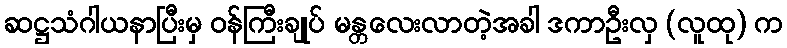
ဆဋ္ဌသံဂါယနာပြီးမှ ဝန်ကြီးချုပ် မန္တလေးလာတဲ့အခါ ဒကာဦးလှ (လူထု) က